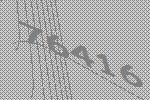
76416